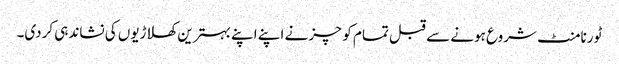
ٹورنامنٹ شروع ہونے سے قبل تمام کوچز نے اپنے اپنے بہترین کھلاڑیوں کی نشاندہی کردی۔